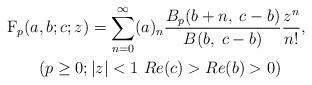
LaTeX: \begin{align*} {}_{}\textrm{F}_{p}(a&,b;c;z)= \sum_{n=0}^{\infty} (a)_n \frac{B_{p}(b+n,\;c-b)}{B(b,\;c-b)} \frac{z^n}{n!},& \\ &( p\geq0;|z|<1\ Re(c)>Re(b)>0)& \end{align*}